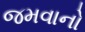
જમવાનો